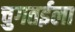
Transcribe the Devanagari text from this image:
चुगतईला